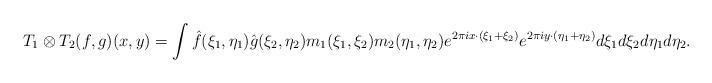
LaTeX: \begin{align*}T_1\otimes T_2(f, g)(x,y)=\int \hat{f}(\xi_1, \eta_1) \hat{g}(\xi_2,\eta_2) m_1(\xi_1, \xi_2) m_2(\eta_1, \eta_2) e^{2 \pi i x \cdot(\xi_1+\xi_2)} e^{2\pi i y \cdot (\eta_1+\eta_2)}d \xi_1 d \xi_2 d\eta_1 d\eta_2.\end{align*}